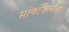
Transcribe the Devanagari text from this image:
सॉफ्टवेरबाबत